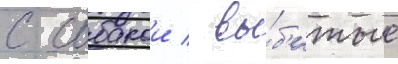
с собакои / вы́б'итые